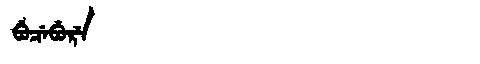
Manchu: ᠪᡠᠴᡝᠪᡠᡵᡝ
Romanization: BUCEBURE